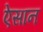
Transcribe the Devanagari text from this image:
ऐसान